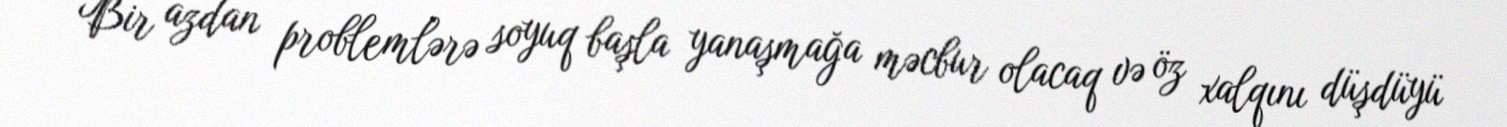
Bir azdan problemlərə soyuq başla yanaşmağa məcbur olacaq və öz xalqını düşdüyü